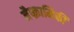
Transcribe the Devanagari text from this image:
नैष्क्रामिकी